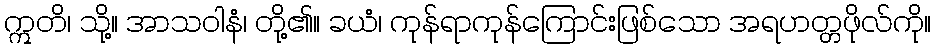
ဣတိ၊ သို့။ အာသဝါနံ၊ တို့၏။ ခယံ၊ ကုန်ရာကုန်ကြောင်းဖြစ်သော အရဟတ္တဖိုလ်ကို။